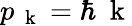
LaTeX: p_{\mathrm{~\mathbf~k~}}=\hbar\mathrm{~\mathbf~k~}